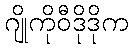
ဂျိုကိုဝီဒိုဒိုက